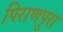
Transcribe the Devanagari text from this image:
पिराणपुरा